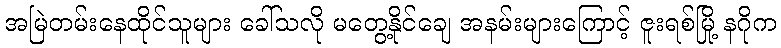
အမြဲတမ်းနေထိုင်သူများ ခေါ်သလို မတွေ့နိုင်ချေ အနမ်းများကြောင့် ဇူးရစ်မြို့ နဂိုက